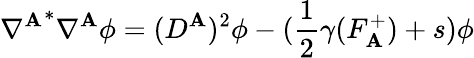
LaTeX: {\nabla^{\mathbf{A}}}^{*}\nabla^{\mathbf{A}}\phi=(D^{\mathbf{A}})^{2}\phi-({\frac{{1}}{{2}}}\gamma(F_{\mathbf{A}}^{+})+s)\phi